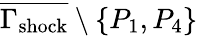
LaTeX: \overline{{\Gamma_{\mathrm{{shock}}}}}\setminus{\{ P_{1},P_{4}\} }